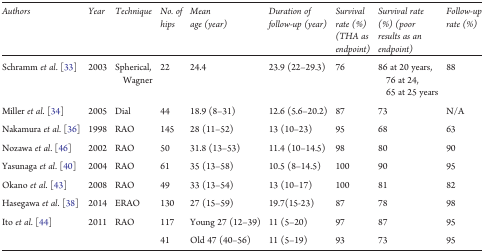
<table><thead><tr><td><b>Authors</b></td><td><b>Year</b></td><td><b>Technique</b></td><td><b>No. of hips</b></td><td><b>Mean age (year)</b></td><td><b>Duration of follow-up (year)</b></td><td><b>Survival rate (%) (THA as endpoint)</b></td><td><b>Survival rate (%) (poor results as an endpoint)</b></td><td><b>Follow-up rate (%)</b></td></tr></thead><tbody><tr><td>Schramm <i>et al</i>. [33]</td><td>2003</td><td>Spherical, Wagner</td><td>22</td><td>24.4</td><td>23.9 (22–29.3)</td><td>76</td><td>86 at 20 years, 76 at 24, 65 at 25 years</td><td>88</td></tr><tr><td>Miller <i>et al</i>. [34]</td><td>2005</td><td>Dial</td><td>44</td><td>18.9 (8–31)</td><td>12.6 (5.6–20.2)</td><td>87</td><td>73</td><td>N/A</td></tr><tr><td>Nakamura <i>et al</i>. [36]</td><td>1998</td><td>RAO</td><td>145</td><td>28 (11–52)</td><td>13 (10–23)</td><td>95</td><td>68</td><td>63</td></tr><tr><td>Nozawa <i>et al</i>. [46]</td><td>2002</td><td>RAO</td><td>50</td><td>31.8 (13–53)</td><td>11.4 (10–14.5)</td><td>98</td><td>80</td><td>90</td></tr><tr><td>Yasunaga <i>et al</i>. [40]</td><td>2004</td><td>RAO</td><td>61</td><td>35 (13–58)</td><td>10.5 (8–14.5)</td><td>100</td><td>90</td><td>95</td></tr><tr><td>Okano <i>et al</i>. [43]</td><td>2008</td><td>RAO</td><td>49</td><td>33 (13–54)</td><td>13 (10–17)</td><td>100</td><td>81</td><td>82</td></tr><tr><td>Hasegawa <i>et al</i>. [38]</td><td>2014</td><td>ERAO</td><td>130</td><td>27 (15–59)</td><td>19.7(15-23)</td><td>87</td><td>78</td><td>98</td></tr><tr><td>Ito <i>et al</i>. [44]</td><td>2011</td><td>RAO</td><td>117</td><td>Young 27 (12–39)</td><td>11 (5–20)</td><td>97</td><td>87</td><td>95</td></tr><tr><td></td><td></td><td></td><td>41</td><td>Old 47 (40–56)</td><td>11 (5–19)</td><td>93</td><td>73</td><td>95</td></tr></tbody></table>